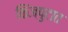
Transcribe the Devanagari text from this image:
किंजपुटात